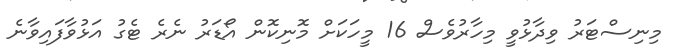
މިނިސްޓަރު ވިދާޅުވީ މިހާރުވެސް 16 މީހަކަށް މޮނިކޮން އޯޑަރު ނެރެ ޓެގު އަޅުވާފައިވާނެ